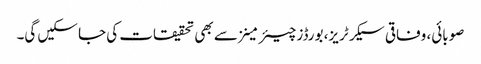
صوبائی، وفاقی سیکرٹریز، بورڈز چیئرمینز سے بھی تحقیقات کی جا سکیں گی۔